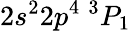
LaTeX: {2s^{2}2p^{4}~^{3}P_{1}}